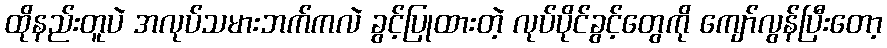
ထိုနည်းတူပဲ အလုပ်သမားဘက်ကလဲ ခွင့်ပြုထားတဲ့ လုပ်ပိုင်ခွင့်တွေကို ကျော်လွန်ပြီးတော့